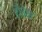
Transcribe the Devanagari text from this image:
हौतेस